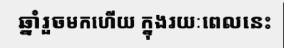
ឆ្នាំរួចមកហើយ ក្នុងរយៈពេលនេះ